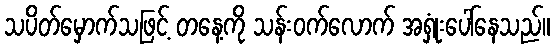
သပိတ်မှောက်သဖြင့် တနေ့ကို သန်းဝက်လောက် အရှုံးပေါ်နေသည်။